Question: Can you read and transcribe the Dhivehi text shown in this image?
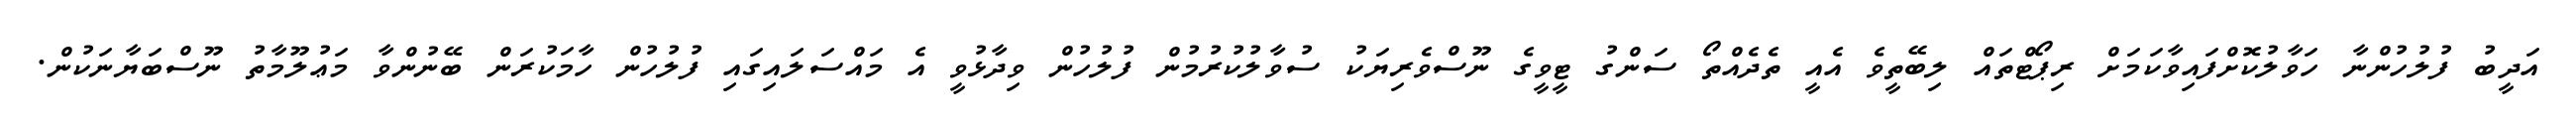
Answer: އަދީބު ފުލުހުންނާ ހަވާލުކޮށްފައިވާކަމަށް ރިޕޯޓްތައް ލިބޭތީވެ އެއީ ތެދެއްތޯ ސަންގު ޓީވީގެ ނޫސްވެރިޔަކު ސުވާލުކުރުމުން ފުލުހުން ވިދާޅުވީ އެ މައްސަލައިގައި ފުލުހުން ހާމަކުރަން ބޭނުންވާ މަޢުލޫމާތު ނޫސްބަޔާނަކުން.